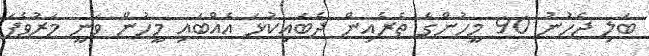
ބަލި ޖެހުނު 90 މީހުންގެ ތެރެއިން ދެބައިކުޅަ އެއްބައި މީހުން ވަނީ މަރުވެފަ